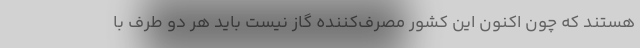
هستند که چون اکنون این کشور مصرف‌کننده گاز نیست باید هر دو طرف با